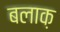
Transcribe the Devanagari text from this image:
बलाक़